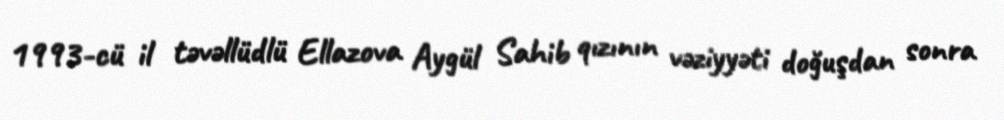
1993-cü il təvəllüdlü Ellazova Aygül Sahib qızının vəziyyəti doğuşdan sonra